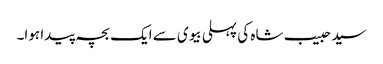
سید حبیب شاہ کی پہلی بیوی سے ایک بچہ پیدا ہوا۔